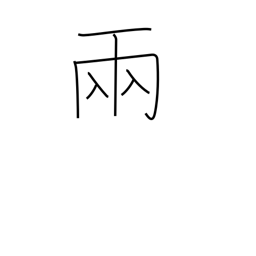
Meaning: counter for vehicles